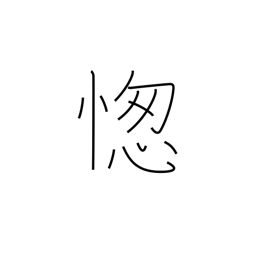
Meaning: foot race